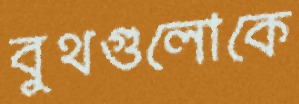
বুথগুলোকে